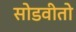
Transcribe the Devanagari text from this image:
सोडवीतो